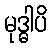
မုဒ္ဓါပိ